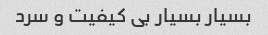
بسیار بسیار بى کیفیت و سرد